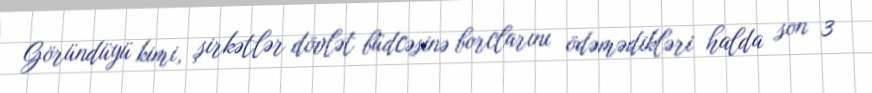
Göründüyü kimi, şirkətlər dövlət büdcəsinə borclarını ödəmədikləri halda son 3